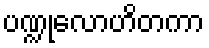
ပဏ္ဍုလောဟိတကာ